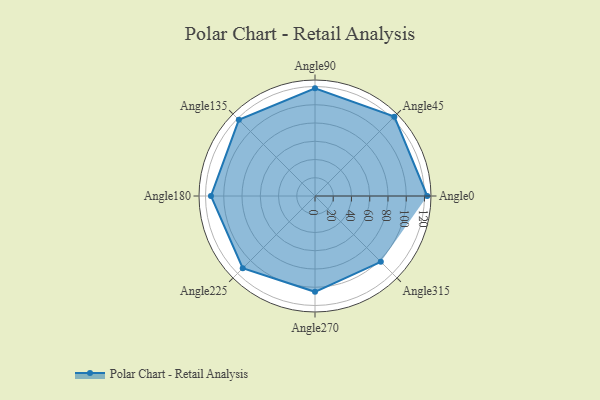
{"axis": {"x": "Angle", "y": "Radius"}, "legend": [""], "data": [{"x": "Angle0", "y": 123.0, "type": ""}, {"x": "Angle45", "y": 123.0, "type": ""}, {"x": "Angle90", "y": 118.0, "type": ""}, {"x": "Angle135", "y": 118.0, "type": ""}, {"x": "Angle180", "y": 114.0, "type": ""}, {"x": "Angle225", "y": 112.0, "type": ""}, {"x": "Angle270", "y": 105.0, "type": ""}, {"x": "Angle315", "y": 102.0, "type": ""}]}